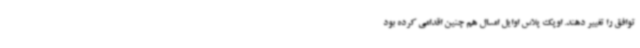
توافق را تغییر دهند. اوپک پلاس اوایل امسال هم چنین اقدامی کرده بود